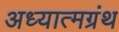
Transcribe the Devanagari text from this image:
अध्यात्मग्रंथ